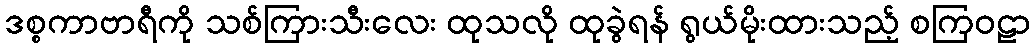
ဒစ္စကာဗာရီကို သစ်ကြားသီးလေး ထုသလို ထုခွဲရန် ရွယ်မိုးထားသည့် စကြဝဠာ